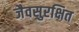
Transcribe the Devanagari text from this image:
जैवसुरक्षित